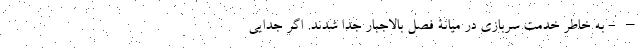
– - به خاطر خدمت سربازی در میانۀ فصل بالاجبار جدا شدند. اگر جدایی